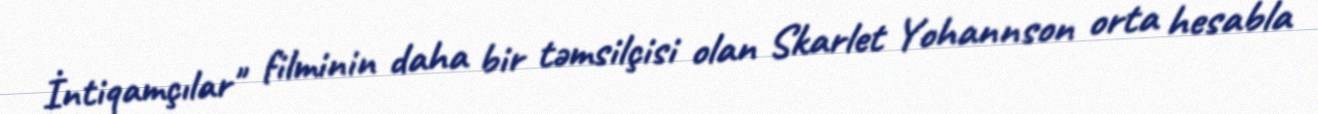
İntiqamçılar" filminin daha bir təmsilçisi olan Skarlet Yohannson orta hesabla